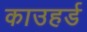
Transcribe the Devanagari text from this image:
काउहर्ड